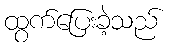
ထွက်ပြေးခဲ့သည်